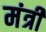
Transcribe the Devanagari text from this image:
मंत्री